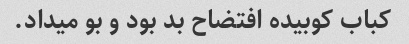
کباب کوبیده افتضاح بد بود و بو میداد.